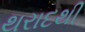
થરાદથી